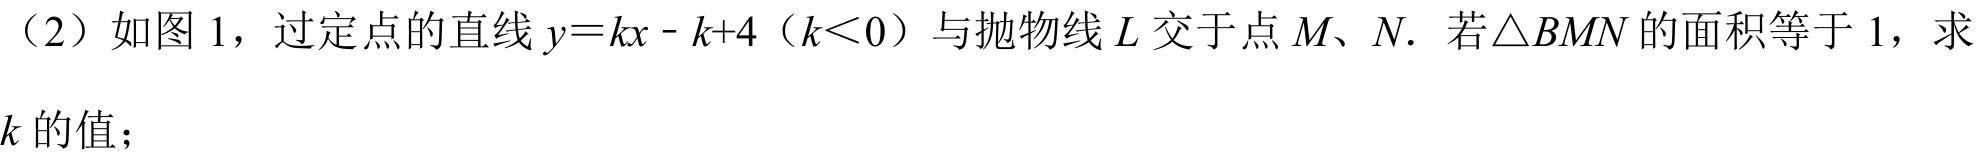
（2）如图 1，过定点的直线\(y = kx - k + 4\)（\(k<0\)）与抛物线\(L\)交于点\(M、N\). 若\(\triangle BMN\)的面积等于\(1\)，求\(k\)的值；